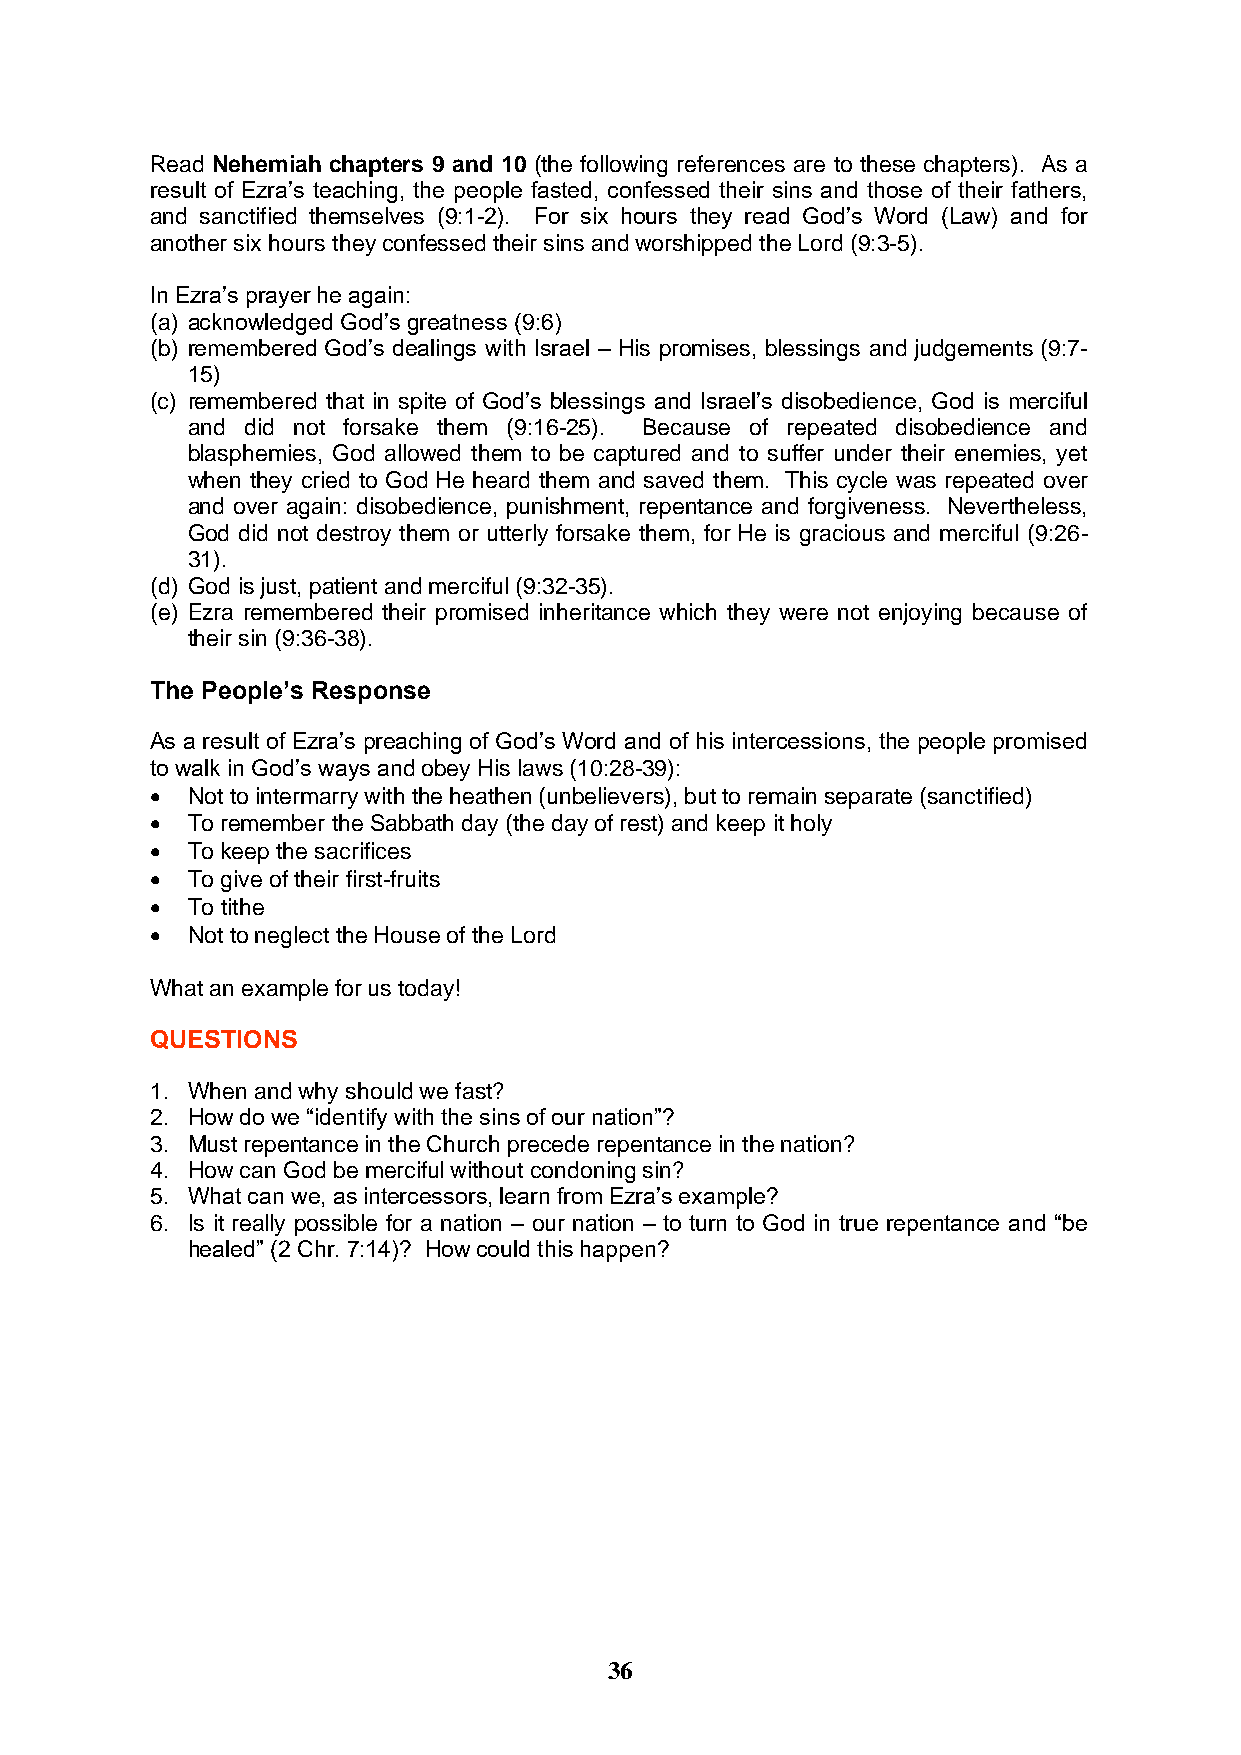
Read Nehemiah chapters 9 and 10 (the following references are to these chapters). As a
 result of Ezra’s teaching, the people fasted, confessed their sins and those of their fathers,
 and sanctified themselves (9:1-2). For six hours they read God’s Word (Law) and for
 another six hours they confessed their sins and worshipped the Lord (9:3-5).
 In Ezra’s prayer he again:
 (a) acknowledged God’s greatness (9:6)
 (b) remembered God’s dealings with Israel – His promises, blessings and judgements (9:7-
 15)
 (c) remembered that in spite of God’s blessings and Israel’s disobedience, God is merciful
 and did not forsake them (9:16-25). Because of repeated disobedience and
 blasphemies, God allowed them to be captured and to suffer under their enemies, yet
 when they cried to God He heard them and saved them. This cycle was repeated over
 and over again: disobedience, punishment, repentance and forgiveness. Nevertheless,
 God did not destroy them or utterly forsake them, for He is gracious and merciful (9:26-
 31).
 (d) God is just, patient and merciful (9:32-35).
 (e) Ezra remembered their promised inheritance which they were not enjoying because of
 their sin (9:36-38).
 The People’s Response
 As a result of Ezra’s preaching of God’s Word and of his intercessions, the people promised
 to walk in God’s ways and obey His laws (10:28-39):
 • Not to intermarry with the heathen (unbelievers), but to remain separate (sanctified)
 • To remember the Sabbath day (the day of rest) and keep it holy
 • To keep the sacrifices
 • To give of their first-fruits
 • To tithe
 • Not to neglect the House of the Lord
 What an example for us today!
 QUESTIONS
 1. When and why should we fast?
 2. How do we “identify with the sins of our nation”?
 3. Must repentance in the Church precede repentance in the nation?
 4. How can God be merciful without condoning sin?
 5. What can we, as intercessors, learn from Ezra’s example?
 6. Is it really possible for a nation – our nation – to turn to God in true repentance and “be
 healed” (2 Chr. 7:14)? How could this happen?
 36